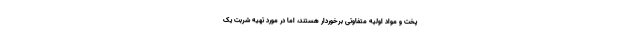
پخت و مواد اولیه متفاوتی برخوردار هستند، اما در مورد تهیه شربت یک